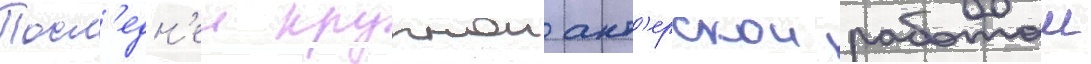
Посл'едн'еи крупнои акт'ерскои работои